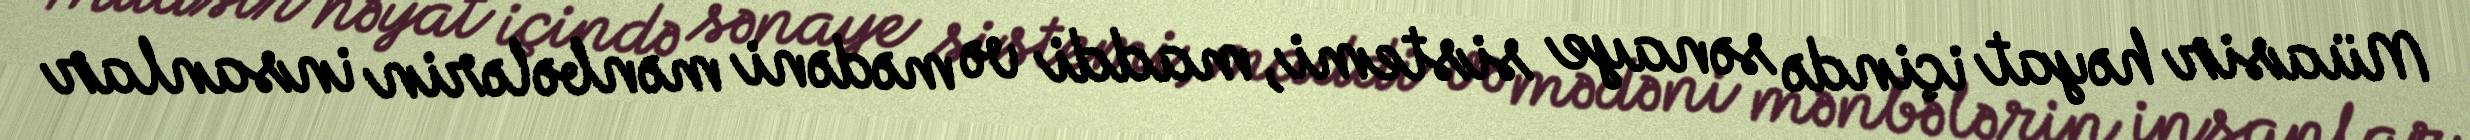
Müasir həyat içində sənaye sistemi, maddi və mədəni mənbələrin insanlar